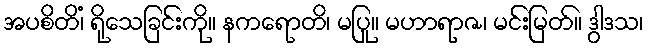
အပစိတိံ၊ ရိုသေခြင်းကို။ နကရောတိ၊ မပြု။ မဟာရာဇ၊ မင်းမြတ်။ ဒွါဒသ၊